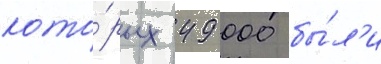
кото́рых 49 000 бы́л'и